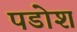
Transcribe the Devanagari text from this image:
पडोश